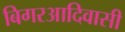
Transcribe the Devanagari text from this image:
बिगरआदिवासी